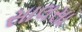
સાલસા